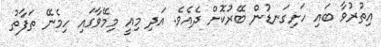
އިތުރުވާ ބައި ހަށިގަނޑުން ބޭރުކޮށް ދެއެވެ. އަދި މިއީ މިމޭވާގައި ހިމެނޭ ތަފާތު